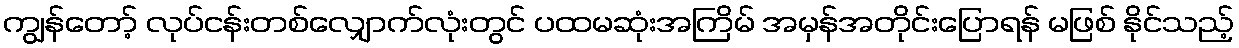
ကျွန်တော့် လုပ်ငန်းတစ်လျှောက်လုံးတွင် ပထမဆုံးအကြိမ် အမှန်အတိုင်းပြောရန် မဖြစ် နိုင်သည့်